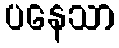
ပနေသာ